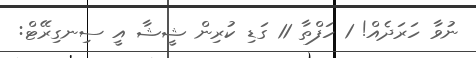
ނުވާ ހަރަދެއް! 1 ހަފްތާ 11 ގަޑި ކުރިން ޝީޝާ އީ ސިނގިރޭޓް: